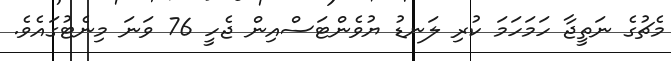
މެޗުގެ ނަތީޖާ ހަމަހަމަ ކުރި ލަނޑު ޔުވެންޓަސްއިން ޖެހީ 76 ވަނަ މިނެޓުގައެވެ.